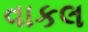
વાકલ